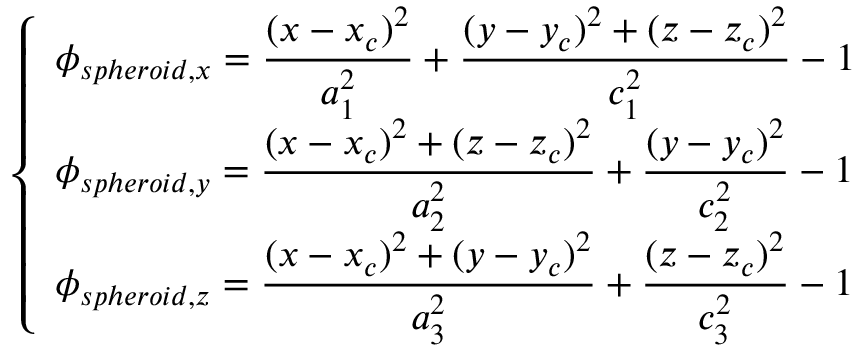
\left\{ \begin{array} { l l } { \displaystyle { \phi _ { s p h e r o i d , x } = \frac { ( x - x _ { c } ) ^ { 2 } } { a _ { 1 } ^ { 2 } } + \frac { ( y - y _ { c } ) ^ { 2 } + ( z - z _ { c } ) ^ { 2 } } { c _ { 1 } ^ { 2 } } - 1 } } \\ { \displaystyle { \phi _ { s p h e r o i d , y } = \frac { ( x - x _ { c } ) ^ { 2 } + ( z - z _ { c } ) ^ { 2 } } { a _ { 2 } ^ { 2 } } + \frac { ( y - y _ { c } ) ^ { 2 } } { c _ { 2 } ^ { 2 } } - 1 } } \\ { \displaystyle { \phi _ { s p h e r o i d , z } = \frac { ( x - x _ { c } ) ^ { 2 } + ( y - y _ { c } ) ^ { 2 } } { a _ { 3 } ^ { 2 } } + \frac { ( z - z _ { c } ) ^ { 2 } } { c _ { 3 } ^ { 2 } } - 1 } } \end{array} \right.